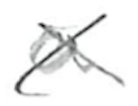
Text: a
Cross-out: cross
Writing tool: pencil